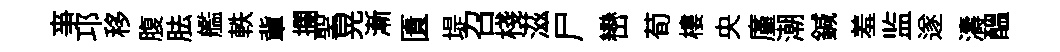
亊邛移腹胠艦軼軰攔聖晃漸匱堤召棧滋尸巒荀樓央廑潮鍼羞监遂濤醖